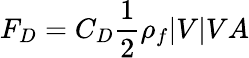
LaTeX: F_{D}=C_{D}\frac{1}{2}\rho_{f}|V|VA